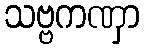
သဗ္ဗကဏှာ